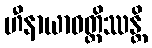
ဟီနာယာဝတ္တိဿန္တိ